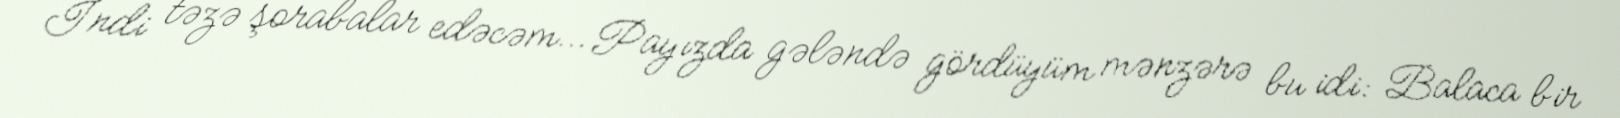
İndi təzə şorabalar edəcəm… Payızda gələndə gördüyüm mənzərə bu idi: Balaca bir